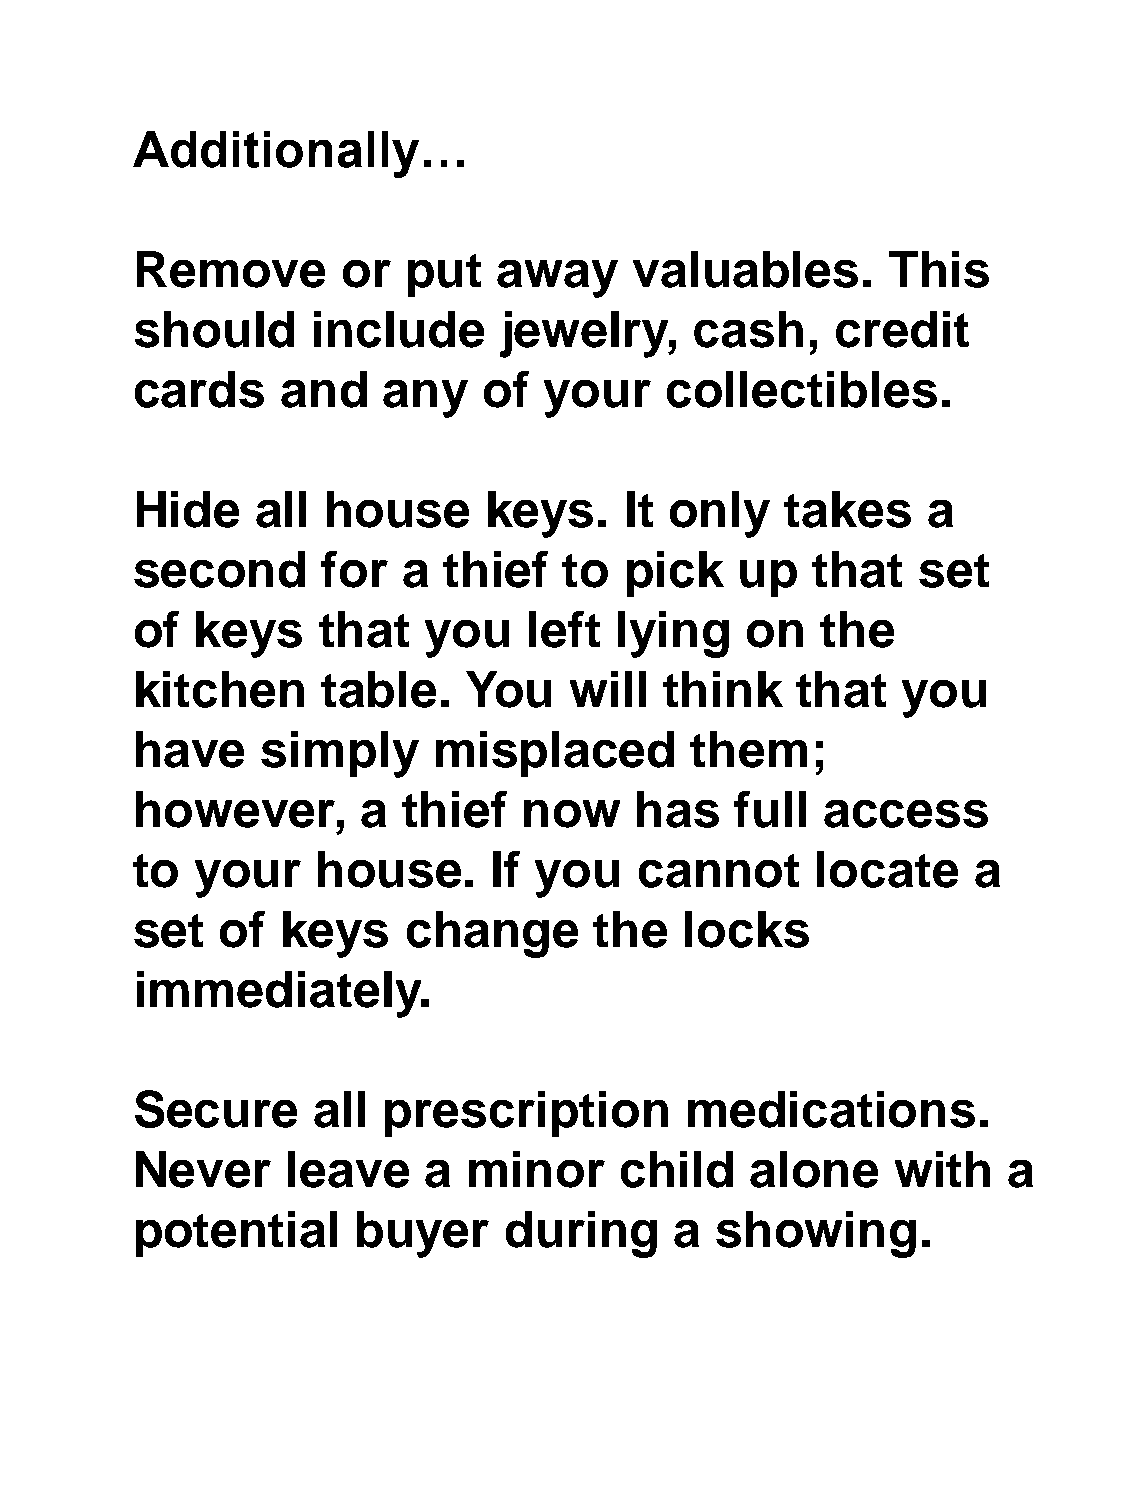
Additionally…
 Remove        or  put   away     valuables.       This
 should      include     jewelry,     cash,    credit
 cards     and   any    of  your    collectibles.
 Hide    all  house     keys.    It only    takes    a
 second      for   a thief   to  pick    up   that   set
 of  keys    that   you    left  lying   on   the
 kitchen     table.    You    will  think    that   you
 have    simply      misplaced        them;
 however,       a  thief   now    has    full  access
 to  your    house.      If you   cannot      locate    a
 set   of  keys    change      the   locks
 immediately.
 Secure      all prescription        medications.
 Never     leave    a  minor     child    alone    with    a
 potential      buyer    during      a showing.